Annual report on the Civil Veterinary Department, Burma (including the Insein Veterinary School) - 1932-1941
Year: 1932
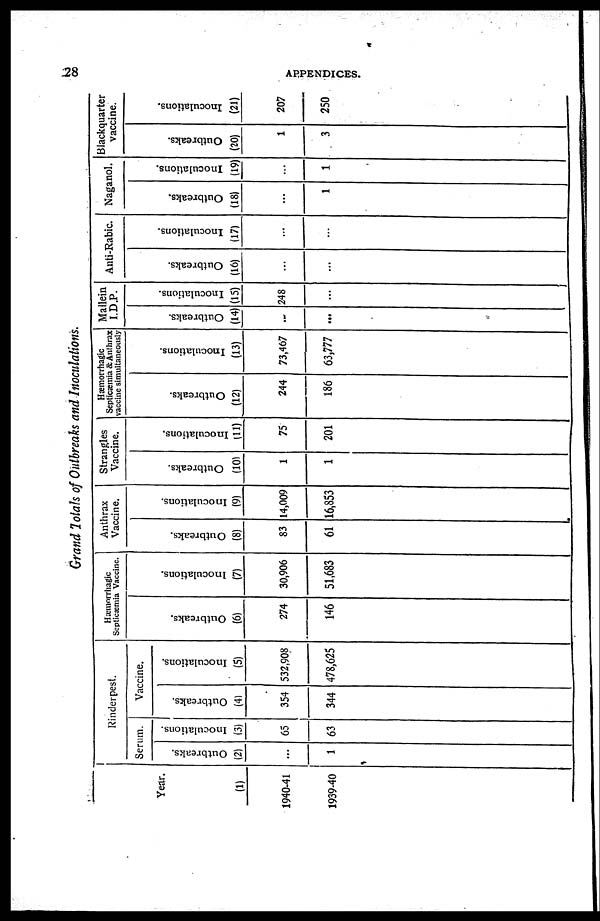
28
APPENDICES.
Grand Totals of Outbreaks and Inoculations.
Year.
(1)
1940-41
1939-40
Rinderpest.
Serum.
Outbreaks.
(2)
...
1
Inoculations.
(3)
65
63
Vaccine.
Outbreaks.
(4)
354
344
Inoculations.
(5)
532,908
478,625
Hæmorrhagic
Septicæmia Vaccine.
Outbreaks.
(6)
274
146
Inoculations.
(7)
30,906
51,683
Anthrax
Vaccine.
Outbreaks.
(8)
83
61
Inoculations.
(9)
14,009
16,853
Strangles
Vaccine.
Outbreaks.
(10)
1
1
Inoculations.
(11)
75
201
Hæmorrhagic
Septicæmia & Anthrax
vaccine simultaneously
Outbreaks.
(12)
244
186
Inoculations.
(13)
73,467
63,777
Mallein
I.D.P.
Outbreaks.
(14)
...
...
Inoculations.
(15)
248
...
Anti-Rabic.
Outbreaks.
(16)
...
...
Inoculations.
(17)
...
...
Naganol.
Outbreaks.
(18)
...
1
Inoculations.
(19)
...
1
Blackquarter
vaccine.
Outbreaks.
(20)
1
3
Inoculations.
(21)
207
250